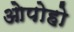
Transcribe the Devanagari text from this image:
ओपोहो